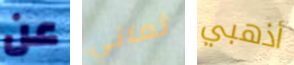
عن ثماني أذهبي